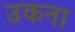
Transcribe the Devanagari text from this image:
उकना